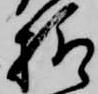
様